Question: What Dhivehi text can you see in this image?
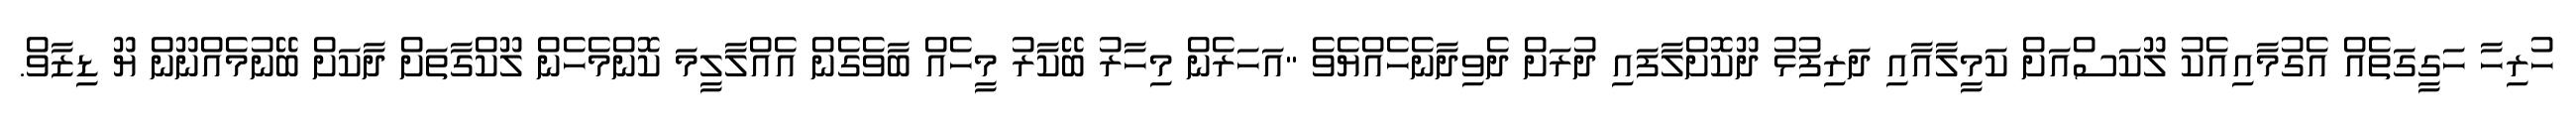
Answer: ހުރިހާ ހަގީގަތެއް އެގުމާއިއެކު ލޫކަސްއަށް ކަމީލާއާއި ދަރިފުޅު ދޫކޮށްލާފައި ދުރަށް ދެވިދާނެހެއްޔެވެ "އަހަރެން މިހާރު ބޭކާރު މީހެއް ބާވެގެން އެއްލާލީމަ ކޮންމެހެން ލޫކްގާތަށް ދާކަށް ބޭނުމެއްނޫން ޔޫ ޑިޒާވް.